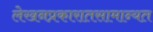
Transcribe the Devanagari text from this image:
लेखनप्रकारातसामान्यत